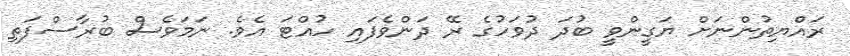
ރައްޔިތުންނަށް ޔަގީންވީ ބުދަ ދުވަހުގެ ރޭ ދަންވެފައި ހުއްޓަ އެވެ. ނަމަވެސް ބުރާސްފަތި